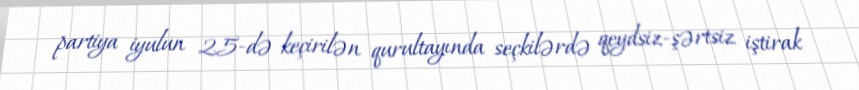
partiya iyulun 25-də keçirilən qurultayında seçkilərdə qeydsiz-şərtsiz iştirak